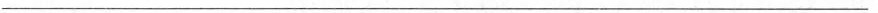
___